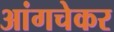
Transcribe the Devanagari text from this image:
आंगचेकर